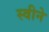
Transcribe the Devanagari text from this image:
स्वीने